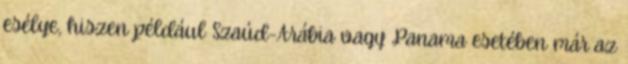
esélye, hiszen például Szaúd-Arábia vagy Panama esetében már az